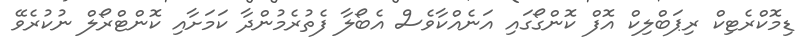
ޑިމޮކްރެޓިކް ރިޕަބްލިކް އޮފް ކޮންގޯގައި އަނެއްކާވެސް އެބޯލާ ފެތުރެމުންދާ ކަމަށާއި ކޮންޓްރޯލް ނުކުރެވޭ